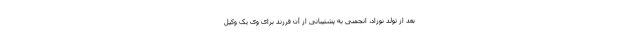
بعد از تولد نوزاد، انجمنی به پشتیبانی از آن فرزند برای وی یک وکیل